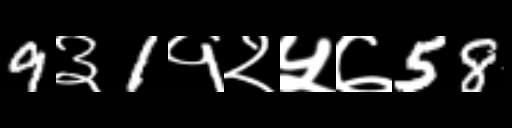
Text: 9३1१२५७58